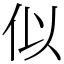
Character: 似